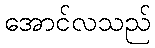
အောင်လသည်